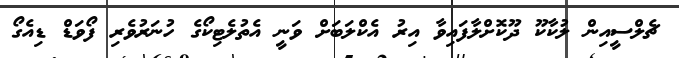
ޗެލްސީއިން ލުކާކޫ ދޫކޮށްލާފައިވާ އިރު އެކްލަބަށް ވަނީ އެތުލެޓިކޯގެ ހުނަރުވެރި ފޯވަޑް ޑިއެގޯ